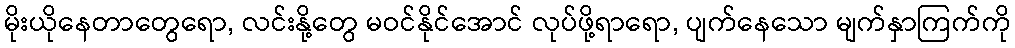
မိုးယိုနေတာတွေရော, လင်းနို့တွေ မဝင်နိုင်အောင် လုပ်ဖို့ရာရော, ပျက်နေသော မျက်နှာကြက်ကို